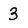
Character: 3